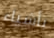
بأشياء